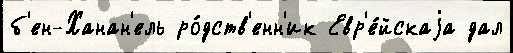
б'ен-Ханан'ель ро́дств'енн'ик Евр'е́йскаjа дал